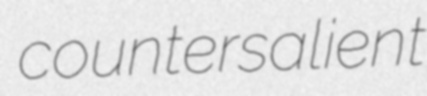
countersalient